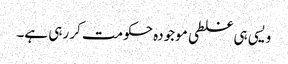
ویسی ہی غلطی موجودہ حکومت کر رہی ہے۔